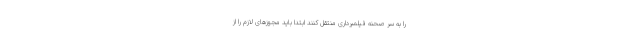
را به سر صحنه فیلمبرداری منتقل کنند ابتدا باید مجوزهای لازم را از